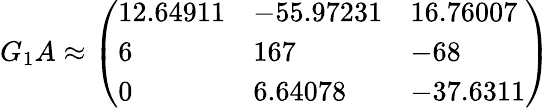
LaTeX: G_{1}A\approx{\left(\begin{array}{lll}{12.64911}&{-55.97231}&{16.76007}\\ {6}&{167}&{-68}\\ {0}&{6.64078}&{-37.6311}\end{array}\right)}